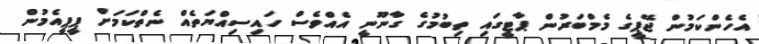
އެހެންކަމުން ޖޭޕީގެ މެމްބަރުން ޕާޓީގައި ތިބުމުގެ ގާނޫނީ އެއްވެސް ހައިސިއްޔަތެއް ނެތްކަމަށް ޕީޕީއެމުން